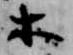
等